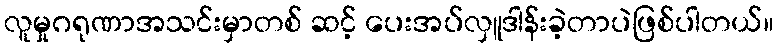
လူမှုဂရုဏာအသင်းမှာတစ် ဆင့် ပေးအပ်လှူဒါန်းခဲ့တာပဲဖြစ်ပါတယ်။